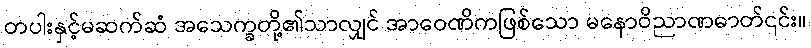
တပါးနှင့်မဆက်ဆံ အသေက္ခတို့၏သာလျှင် အာဝေဏိကဖြစ်သော မနောဝိညာဏဓာတ်၎င်း။